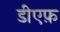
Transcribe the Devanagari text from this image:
डीएफ़